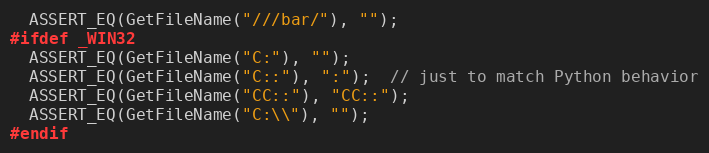
Language: C++
  ASSERT_EQ(GetFileName("///bar/"), "");
#ifdef _WIN32
  ASSERT_EQ(GetFileName("C:"), "");
  ASSERT_EQ(GetFileName("C::"), ":");  // just to match Python behavior
  ASSERT_EQ(GetFileName("CC::"), "CC::");
  ASSERT_EQ(GetFileName("C:\\"), "");
#endif